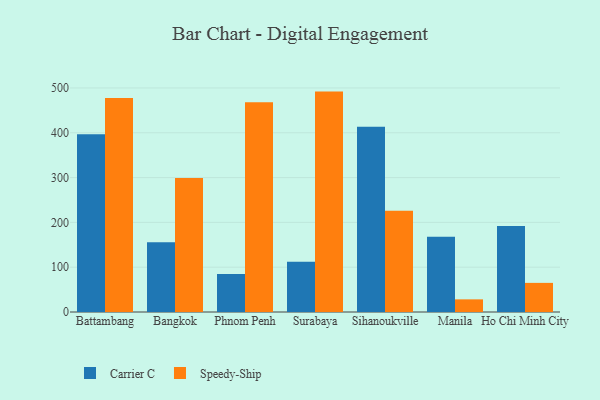
{"axis": {"x": "City", "y": "Customer Acquisition Cost (USD)"}, "legend": ["Carrier C", "Speedy-Ship"], "data": [{"x": "Battambang", "y": 396.7, "type": "Carrier C"}, {"x": "Battambang", "y": 477.5, "type": "Speedy-Ship"}, {"x": "Bangkok", "y": 155.5, "type": "Carrier C"}, {"x": "Bangkok", "y": 299.2, "type": "Speedy-Ship"}, {"x": "Phnom Penh", "y": 85.0, "type": "Carrier C"}, {"x": "Phnom Penh", "y": 468.3, "type": "Speedy-Ship"}, {"x": "Surabaya", "y": 111.9, "type": "Carrier C"}, {"x": "Surabaya", "y": 491.9, "type": "Speedy-Ship"}, {"x": "Sihanoukville", "y": 413.6, "type": "Carrier C"}, {"x": "Sihanoukville", "y": 226.2, "type": "Speedy-Ship"}, {"x": "Manila", "y": 167.9, "type": "Carrier C"}, {"x": "Manila", "y": 28.2, "type": "Speedy-Ship"}, {"x": "Ho Chi Minh City", "y": 192.1, "type": "Carrier C"}, {"x": "Ho Chi Minh City", "y": 65.0, "type": "Speedy-Ship"}]}